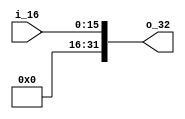
module unsign_ext(i_16,o_32);
input wire[15:0] i_16;
output reg [31:0] o_32;
always @(i_16)
	o_32 <= {16'b0, i_16[15:0]};
endmodule